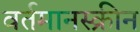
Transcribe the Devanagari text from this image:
वर्तमानस्क्रीन